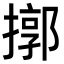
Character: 㨯